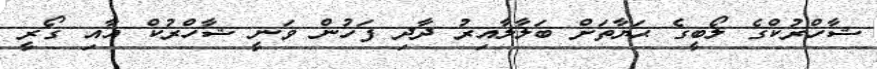
ޝާހްރުކްގެ ލޯބީގެ ޙަޔާތަށް ބަލާލާއިރު ދާދި ފަހުން ވަނީ ޝާހްރުކް އާއި ގޯރީ